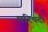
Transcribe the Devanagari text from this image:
परिषदी